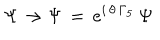
\Psi \rightarrow \Psi \, = \, e ^ { i \, \theta \, \Gamma _ { 5 } } \, \Psi